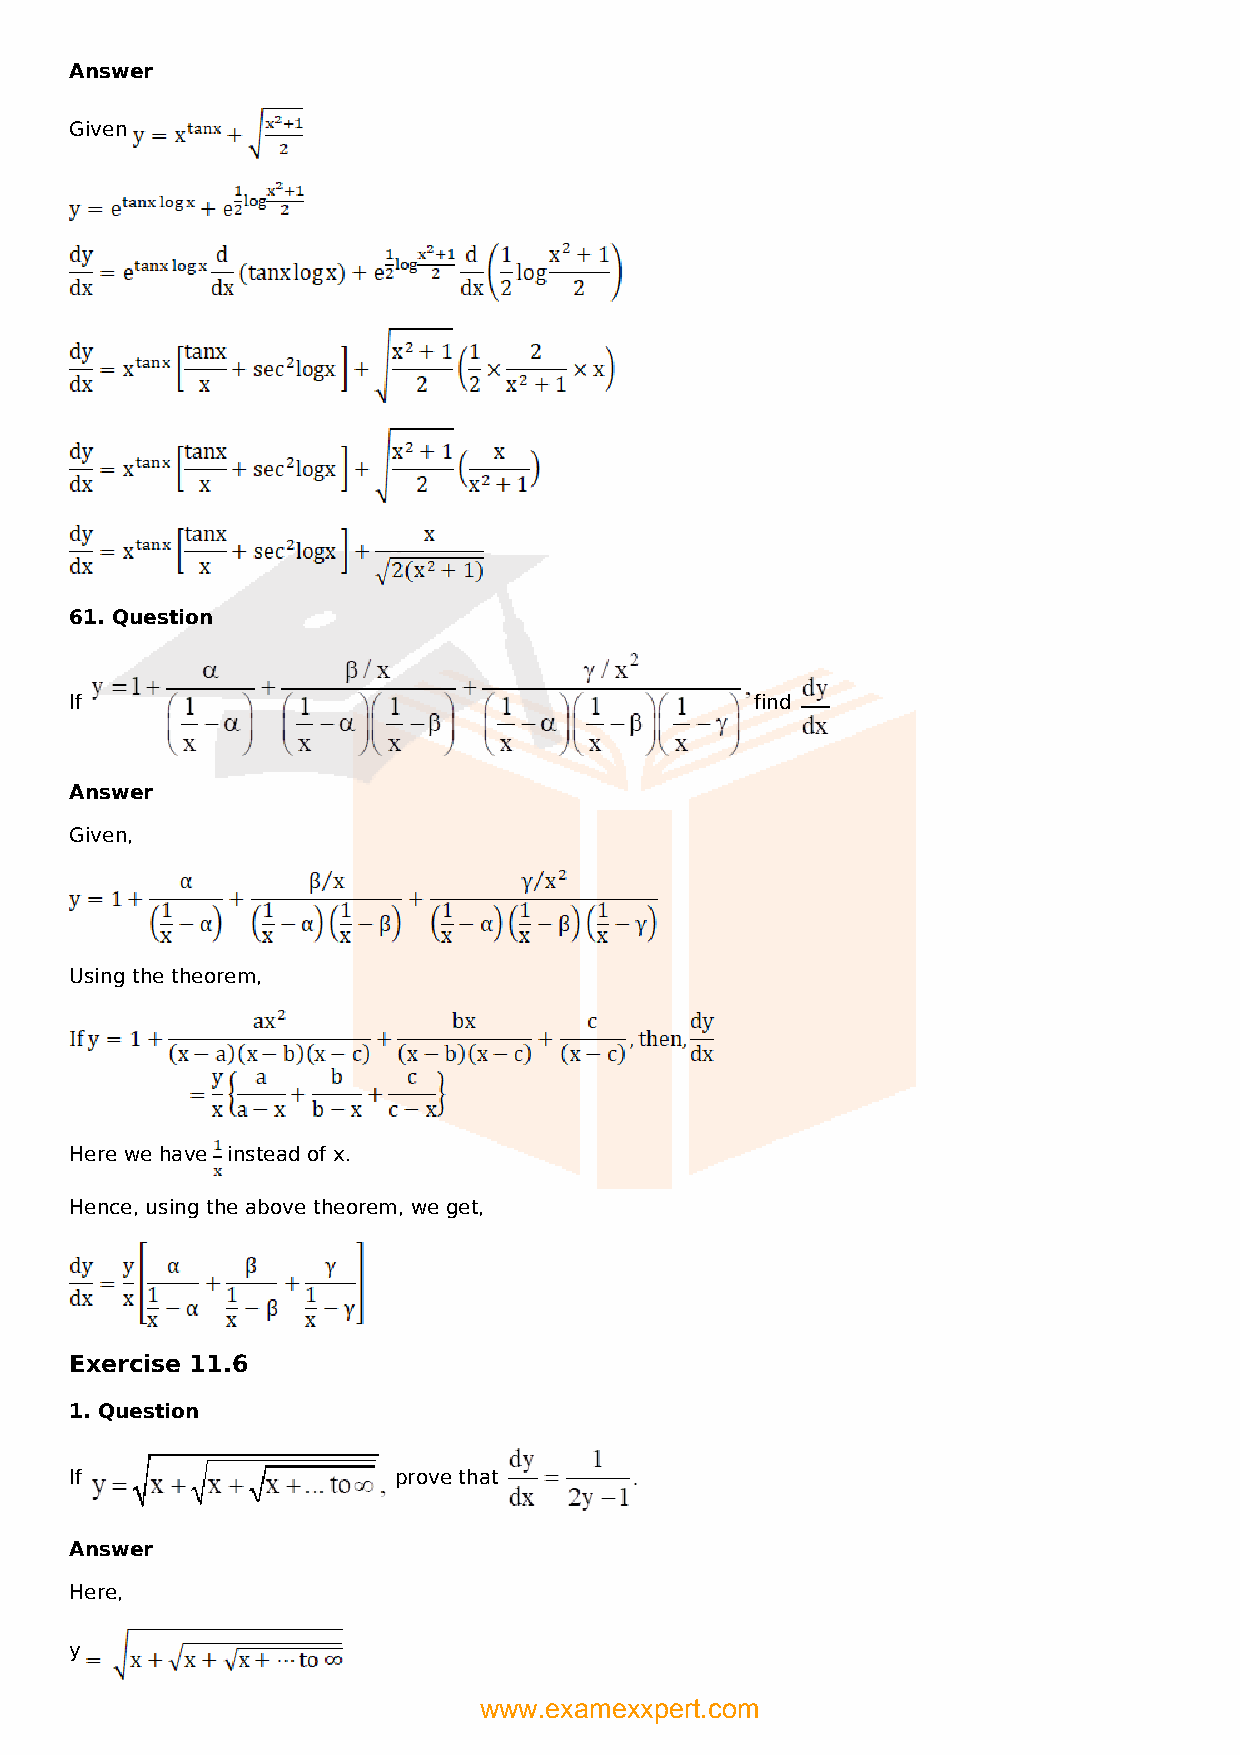
Answer
 Given
 61. Question
 If                                           find
 Answer
 Given,
 Using the theorem,
 Here we have instead of x.
 Hence, using the above theorem, we get,
 Exercise 11.6
 1. Question
 If                   prove that
 Answer
 Here,
 y
 www.examexxpert.com